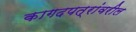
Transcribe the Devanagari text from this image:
कागदपत्रांवरील